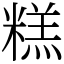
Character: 糕